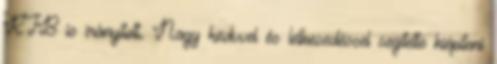
RTB is irányított. Nagy kedvvel és lelkesedéssel segítette kiépíteni